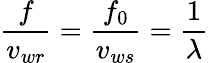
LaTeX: {\frac{f}{v_{wr}}}={\frac{f_{0}}{v_{ws}}}={\frac{1}{\lambda}}